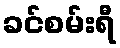
ခင်စမ်းရီ